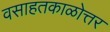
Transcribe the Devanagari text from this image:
वसाहतकाळोत्तर